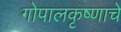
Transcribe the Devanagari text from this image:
गोपालकृष्णाचे